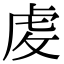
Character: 䖍